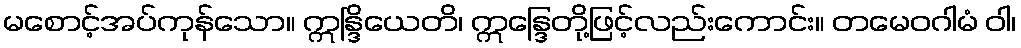
မစောင့်အပ်ကုန်သော။ ဣန္ဒြိယေတိ၊ ဣန္ဒြေတို့ဖြင့်လည်းကောင်း။ တမေဝဂါမံ ဝါ၊